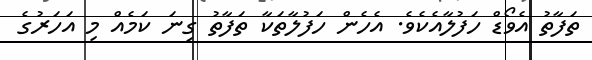
ތަފާތު އެވޯޑް ހަފުލާއެކެވެ. އެހެން ހަފުލާތަކާ ތަފާތު ގިނަ ކަމެއް މި އަހަރުގެ